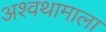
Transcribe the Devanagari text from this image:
अश्वथामाला